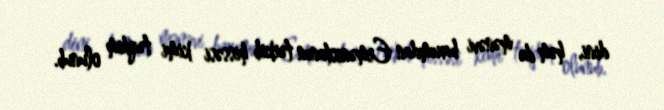
dini, həm də mənəvi baxımdan Ermənistanın tərkib hissəsi kimi təqdim olunub.